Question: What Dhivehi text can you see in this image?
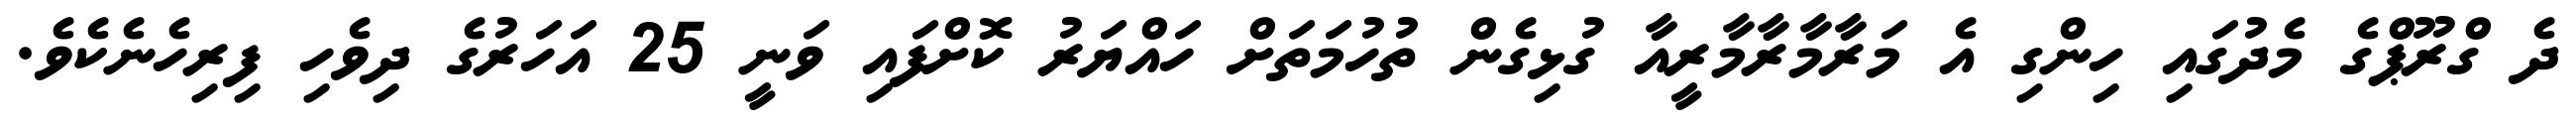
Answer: ދެ ގްރޫޕްގެ މެދުގައި ހިންގި އެ މަރާމާރާމާރީއާ ގުޅިގެން ތުހުމަތަށް ހައްޔަރު ކޮށްފައި ވަނީ 25 އަހަރުގެ ދިވެހި ފިރިހެނެކެވެ.